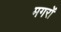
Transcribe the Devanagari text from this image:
मगरों